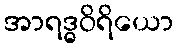
အာရဒ္ဓဝိရိယော